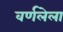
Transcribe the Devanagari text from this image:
वर्णलेला